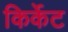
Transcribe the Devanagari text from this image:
किर्केट